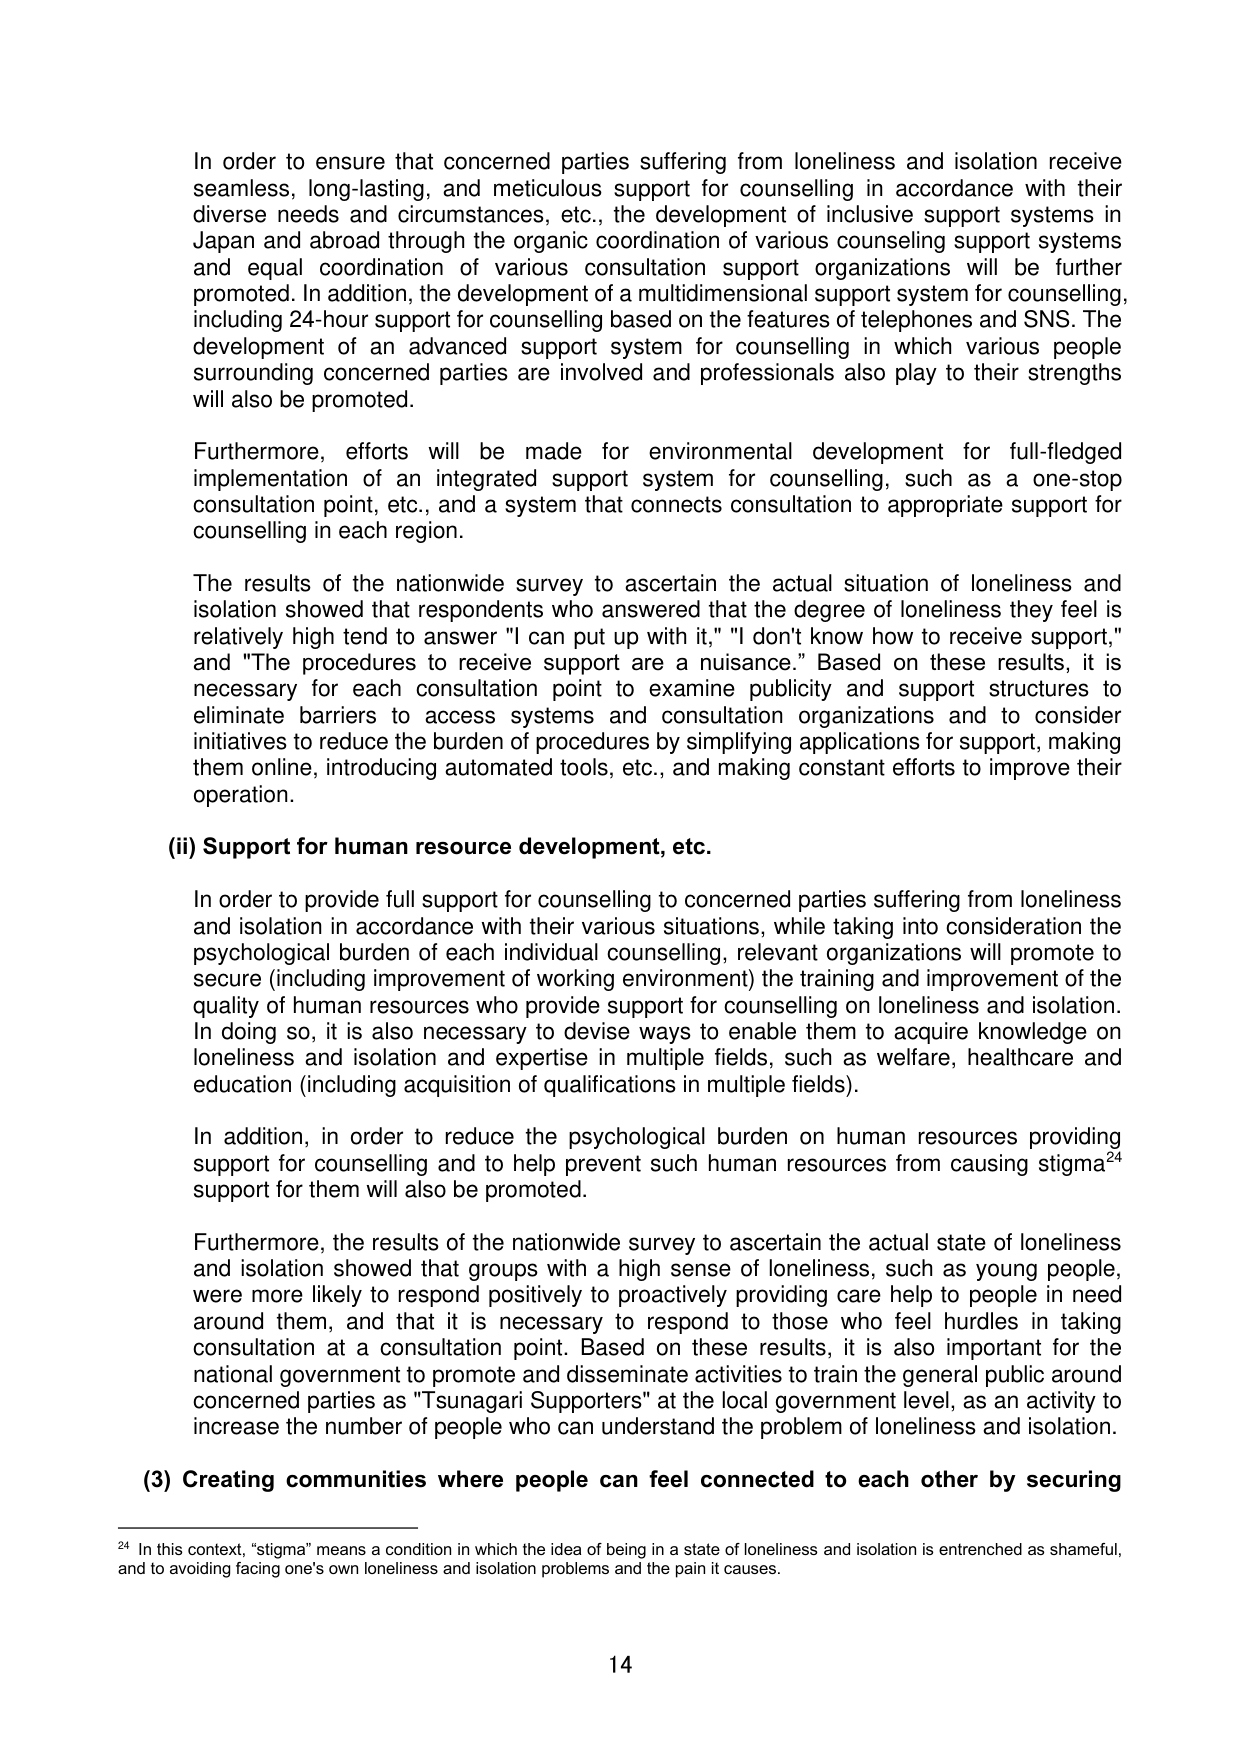
In order to ensure that concerned parties suffering from loneliness and isolation receive seamless, long-lasting, and meticulous support for counselling in accordance with their diverse needs and circumstances, etc., the development of inclusive support systems in Japan and abroad through the organic coordination of various counseling support systems and equal coordination of various consultation support organizations will be further promoted. In addition, the development of a multidimensional support system for counselling, including 24-hour support for counselling based on the features of telephones and SNS. The development of an advanced support system for counselling in which various people surrounding concerned parties are involved and professionals also play to their strengths will also be promoted.

Furthermore, efforts will be made for environmental development for full-fledged implementation of an integrated support system for counselling, such as a one-stop consultation point, etc., and a system that connects consultation to appropriate support for counselling in each region.

The results of the nationwide survey to ascertain the actual situation of loneliness and isolation showed that respondents who answered that the degree of loneliness they feel is relatively high tend to answer "I can put up with it," "I don't know how to receive support," and "The procedures to receive support are a nuisance." Based on these results, it is necessary for each consultation point to examine publicity and support structures to eliminate barriers to access systems and consultation organizations and to consider initiatives to reduce the burden of procedures by simplifying applications for support, making them online, introducing automated tools, etc., and making constant efforts to improve their operation.

(ii) Support for human resource development, etc.

In order to provide full support for counselling to concerned parties suffering from loneliness and isolation in accordance with their various situations, while taking into consideration the psychological burden of each individual counselling, relevant organizations will promote to secure (including improvement of working environment) the training and improvement of the quality of human resources who provide support for counselling on loneliness and isolation. In doing so, it is also necessary to devise ways to enable them to acquire knowledge on loneliness and isolation and expertise in multiple fields, such as welfare, healthcare and education (including acquisition of qualifications in multiple fields).

In addition, in order to reduce the psychological burden on human resources providing support for counselling and to help prevent such human resources from causing stigma²⁴ support for them will also be promoted.

Furthermore, the results of the nationwide survey to ascertain the actual state of loneliness and isolation showed that groups with a high sense of loneliness, such as young people, were more likely to respond positively to proactively providing care help to people in need around them, and that it is necessary to respond to those who feel hurdles in taking consultation at a consultation point. Based on these results, it is also important for the national government to promote and disseminate activities to train the general public around concerned parties as "Tsunagari Supporters" at the local government level, as an activity to increase the number of people who can understand the problem of loneliness and isolation.

(3) Creating communities where people can feel connected to each other by securing

²⁴ In this context, "stigma" means a condition in which the idea of being in a state of loneliness and isolation is entrenched as shameful, and to avoiding facing one's own loneliness and isolation problems and the pain it causes.

14